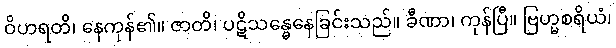
ဝိဟရတိ၊ နေကုန်၏။ ဇာတိ၊ ပဋိသန္ဓေနေခြင်းသည်။ ခီဏာ၊ ကုန်ပြီ။ ဗြဟ္မစရိယံ၊